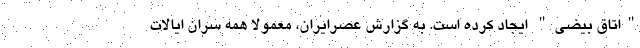
"اتاق بیضی" ایجاد کرده است. به گزارش عصرایران، معمولا همه سران ایالات